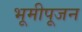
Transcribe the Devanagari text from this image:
भूमीपूजन